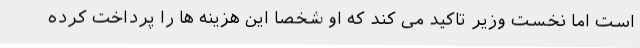
است اما نخست وزیر تاکید می کند که او شخصا این هزینه ها را پرداخت کرده